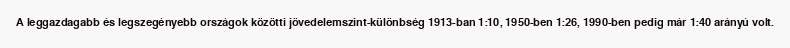
A leggazdagabb és legszegényebb országok közötti jövedelemszint-különbség 1913-ban 1:10, 1950-ben 1:26, 1990-ben pedig már 1:40 arányú volt.